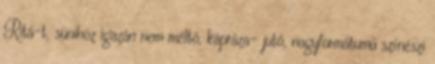
Ritá-t, sünihöz igazán nem méltó, kápráza- jutó, nagyformátumú színészi